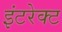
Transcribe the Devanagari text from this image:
इंटरेक्ट